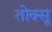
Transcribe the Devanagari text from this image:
तोक्सू